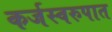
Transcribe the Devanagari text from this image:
कर्जस्वरुपात